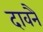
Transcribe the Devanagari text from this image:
दावनै